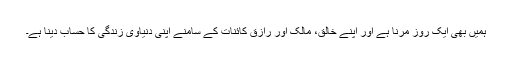
ہمیں بھی ایک روز مرنا ہے اور اپنے خالق، مالک اور رازق کائنات کے سامنے اپنی دنیاوی زندگی کا حساب دینا ہے۔